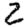
Digit: 2